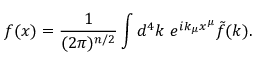
f ( x ) = \frac { 1 } { ( 2 \pi ) ^ { n / 2 } } \int d ^ { 4 } k ~ e ^ { i k _ { \mu } x ^ { \mu } } \tilde { f } ( k ) .